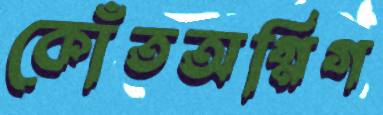
কোঁতঅগ্নিগ